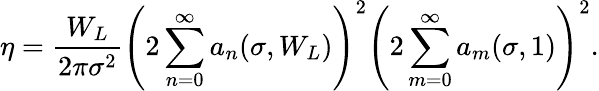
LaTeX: \eta=\frac{W_{L}}{2\pi\sigma^{2}}\left(2\sum_{n=0}^{\infty}a_{n}(\sigma,W_{L})\right)^{2}\left(2\sum_{m=0}^{\infty}a_{m}(\sigma,1)\right)^{2}.